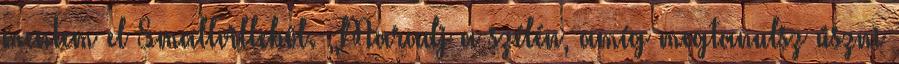
mentem el Smallvillebõl. „Maradj a szélén, amíg megtanulsz úszni